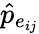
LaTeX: \hat{p}_{e_{ij}}